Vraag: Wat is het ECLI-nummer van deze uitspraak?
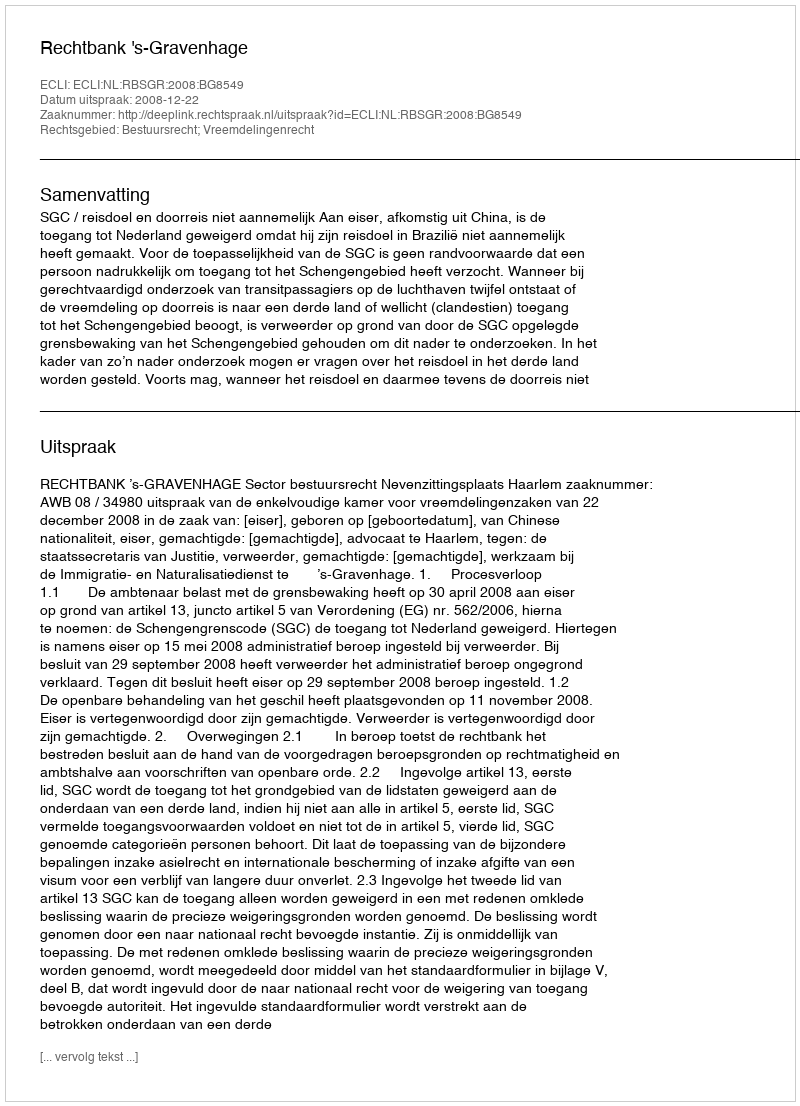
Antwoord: ECLI:NL:RBSGR:2008:BG8549